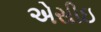
એસીઇ